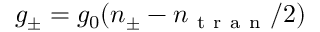
g _ { \pm } = g _ { 0 } ( n _ { \pm } - n _ { \mathrm { ~ t ~ r ~ a ~ n ~ } } / 2 )